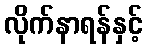
လိုက်နာရန်နှင့်